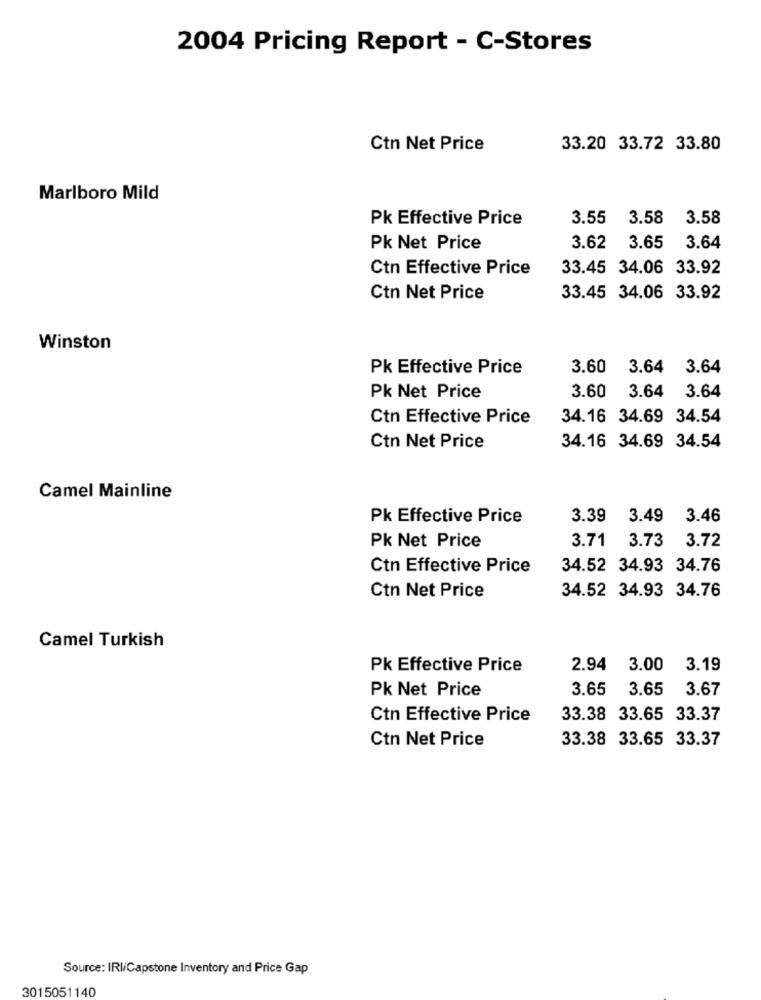
2004 Pricing Report - C-Stores
Ctn Net Price
33.20 33.72 33.80
Marlboro Mild
Pk Effective Price
3.55
3.58
3.58
Pk Net Price
3.62
3.65
3.64
Ctn Effective Price
33.45 34.06 33.92
Ctn Net Price
33.45 34.06 33.92
Winston
Pk Effective Price
3.60
3.64 3.64
3.60
3.64 3.64
Pk Net Price
Ctn Effective Price
34.16 34.69 34.54
34.16 34.69 34.54
Ctn Net Price
Camel Mainline
Pk Effective Price
3.39 3.49
3.46
Pk Net Price
3.71
3.73
3.72
Ctn Effective Price
34.52 34.93 34.76
Ctn Net Price
34.52 34.93 34.76
Camel Turkish
Pk Effective Price
2.94
3.00
3.19
Pk Net Price
3.65
3.65
3.67
Ctn Effective Price
33.38 33.65 33.37
Ctn Net Price
33.38 33.65 33.37
Source: IRI/Capstone Inventory and Price Gap
3015051140